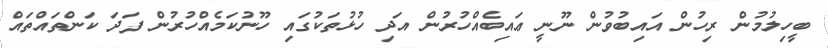
ބީހިލުމުން ރިހުން އައިބުވުން ނޫނީ ޢައިބެއްހުރުން އަދި ހުޅުތަކުގައި ހޫނުކަމެއްހުރުން ފަދަ ކަންތައްތައް